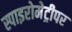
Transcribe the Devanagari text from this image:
स्पाइरोमेट्रीपर